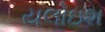
યલોઇશ